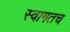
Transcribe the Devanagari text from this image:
स्‍वागतच